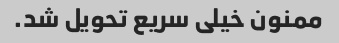
ممنون خیلی سریع تحویل شد.